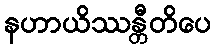
နဟာယိဿန္တီတိပေ